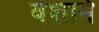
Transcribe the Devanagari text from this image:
वेशाने